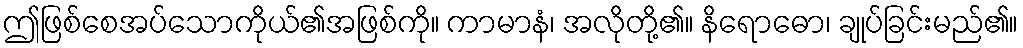
ဤဖြစ်စေအပ်သောကိုယ်၏အဖြစ်ကို။ ကာမာနံ၊ အလိုတို့၏။ နိရောဓော၊ ချုပ်ခြင်းမည်၏။